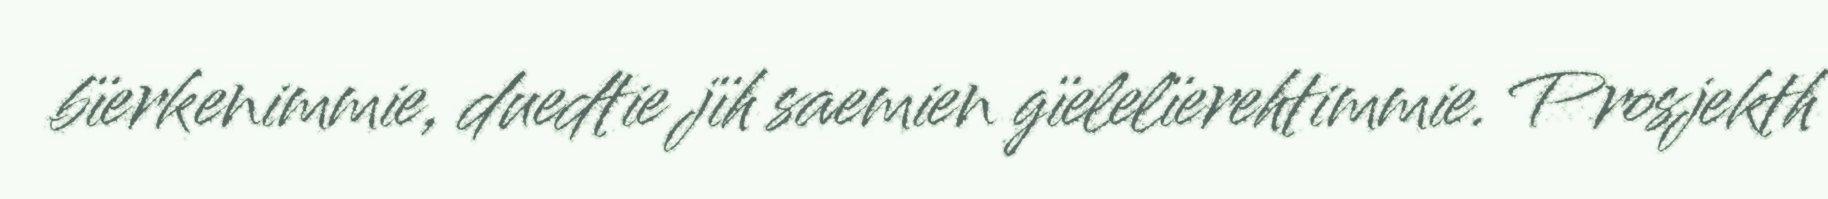
bïerkenimmie, duedtie jïh saemien gïelelïerehtimmie. Prosjekth